system: You are a helpful assistant.
user:
Analyze the provided spectrum to determine if it is a **"Cataclysmic Variables (CV)"**.

- **Key Indicators for CV (Check for either state):**
    - **State 1: Quiescent / Low-State (Emission-Dominated)**
        - **(Primary):** Strong and *very broad* Hydrogen Balmer emission lines (e.g., $H\alpha$ at 6563 Å, $H\beta$ at 4861 Å). The 'broadness' (high velocity dispersion, often FWHM > 1000 km/s) is the key diagnostic, indicating a high-velocity accretion disk.
        - **(Secondary):** Broad neutral Helium (He I) emission lines (e.g., 5876 Å, 6678 Å).
        - **(Key Confirmation):** Presence of high-excitation *ionized* Helium (He II) emission at 4686 Å. This is a strong indicator of accretion onto a white dwarf.
        - **(Line Profile):** Emission lines may exhibit a 'double-peaked' profile, which is a classic signature of a rotating accretion disk viewed at high inclination.

    - **State 2: Outburst / High-State (Absorption-Dominated)**
        - **(Primary):** Spectrum is dominated by a bright, blue continuum (looks like a hot star).
        - **(Secondary):** The emission lines from State 1 are weak, absent, or 'filled in', and are replaced by broad, shallow *absorption* lines (primarily Balmer and He I).
        - **(Morphology):** The overall spectrum mimics a hot B/A-type star. The crucial difference is that the absorption lines are significantly broader, shallower, and more 'washed-out' (or 'smeared') than the sharp lines of a normal stellar photosphere, due to high rotational speeds and pressure broadening in the disk.

Think first, call **spectral_visualization_tool** if needed to examine features in detail, then provide your final answer. Your response must adhere to the following strict rules:
1.  **Overall Structure:** Your response must follow the format `<think>...</think> <tool_call>...</tool_call> (if a tool is used) <answer>...</answer>`.
2.  **Tool Usage Constraint:** You may only make **one** tool call per turn.
3.  **Final Answer Format:** In the `<answer>` tag, your conclusion must be inside a `\boxed{}` command (e.g., `\boxed{YES}`), followed by your justification.

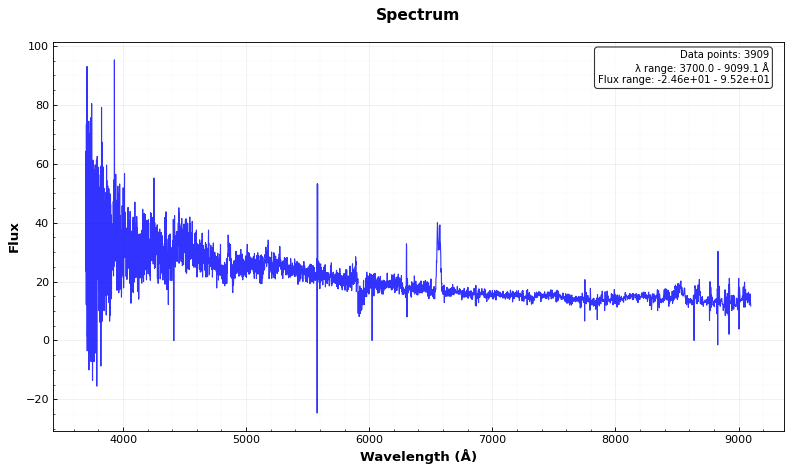
Answer: YES